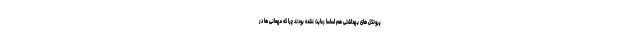
پروتکل های بهداشتی هم اساساً رعایت نشده بودند چرا که مهمانی ها در